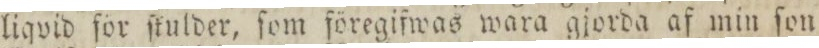
liqvid för ſkulder, ſom föregifwas wara gjorda af min ſon